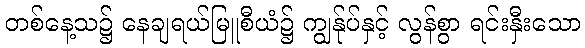
တစ်နေ့သ၌ နေချရယ်မြူစီယံ၌ ကျွန်ုပ်နှင့် လွန်စွာ ရင်းနှီးသော